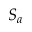
S _ { a }